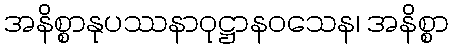
အနိစ္စာနုပဿနာဝုဋ္ဌာနဝသေန၊ အနိစ္စာ